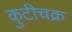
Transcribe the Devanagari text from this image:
कुटीचक्र